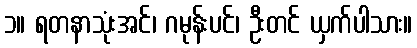
၁။ ရတနာသုံးအင်၊ ဂမုန်းပင်၊ ဦးတင် ယှက်ပါသား။